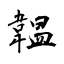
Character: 韞